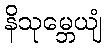
နိသုမ္ဘေယျံ